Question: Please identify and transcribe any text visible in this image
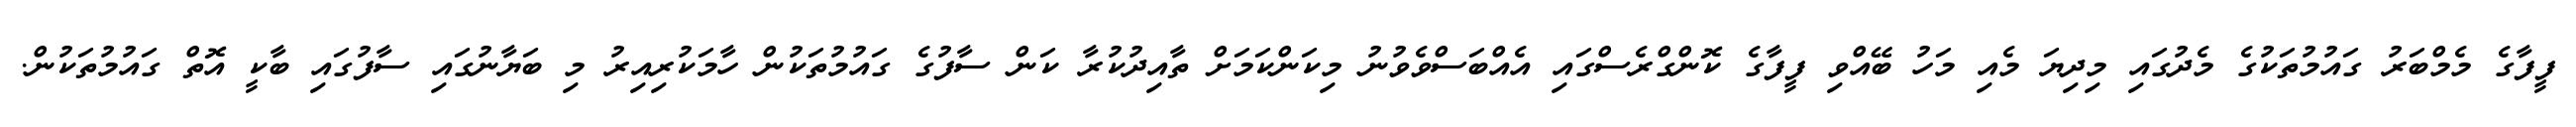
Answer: ފީފާގެ މެމްބަރު ގައުމުތަކުގެ މެދުގައި މިދިޔަ މެއި މަހު ބޭއްވި ފީފާގެ ކޮންގްރެސްގައި އެއްބަސްވެވުނު މިކަންކަމަށް ތާއިދުކުރާ ކަން ސާފުގެ ގައުމުތަކުން ހާމަކުރިއިރު މި ބަޔާނުގައި ސާފުގައި ބާކީ އޮތް ގައުމުތަކުން.